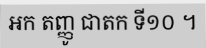
អក តញ្ញូ ជាតក ទី១០ ។